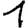
Digit: 1